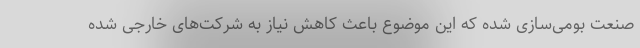
صنعت بومی‌سازی شده که این موضوع باعث کاهش نیاز به شرکت‌های خارجی شده